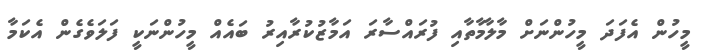
މީހުން އެފަދަ މީހުންނަށް މާލާމާތާއި ފުރައްސާރަ އަމާޒުކުރާއިރު ބައެއް މީހުންނަކީ ފަލަވެގެން އެކަމާ